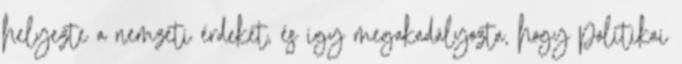
helyezte a nemzeti érdeket, és így megakadályozta, hogy politikai